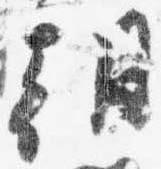
朝